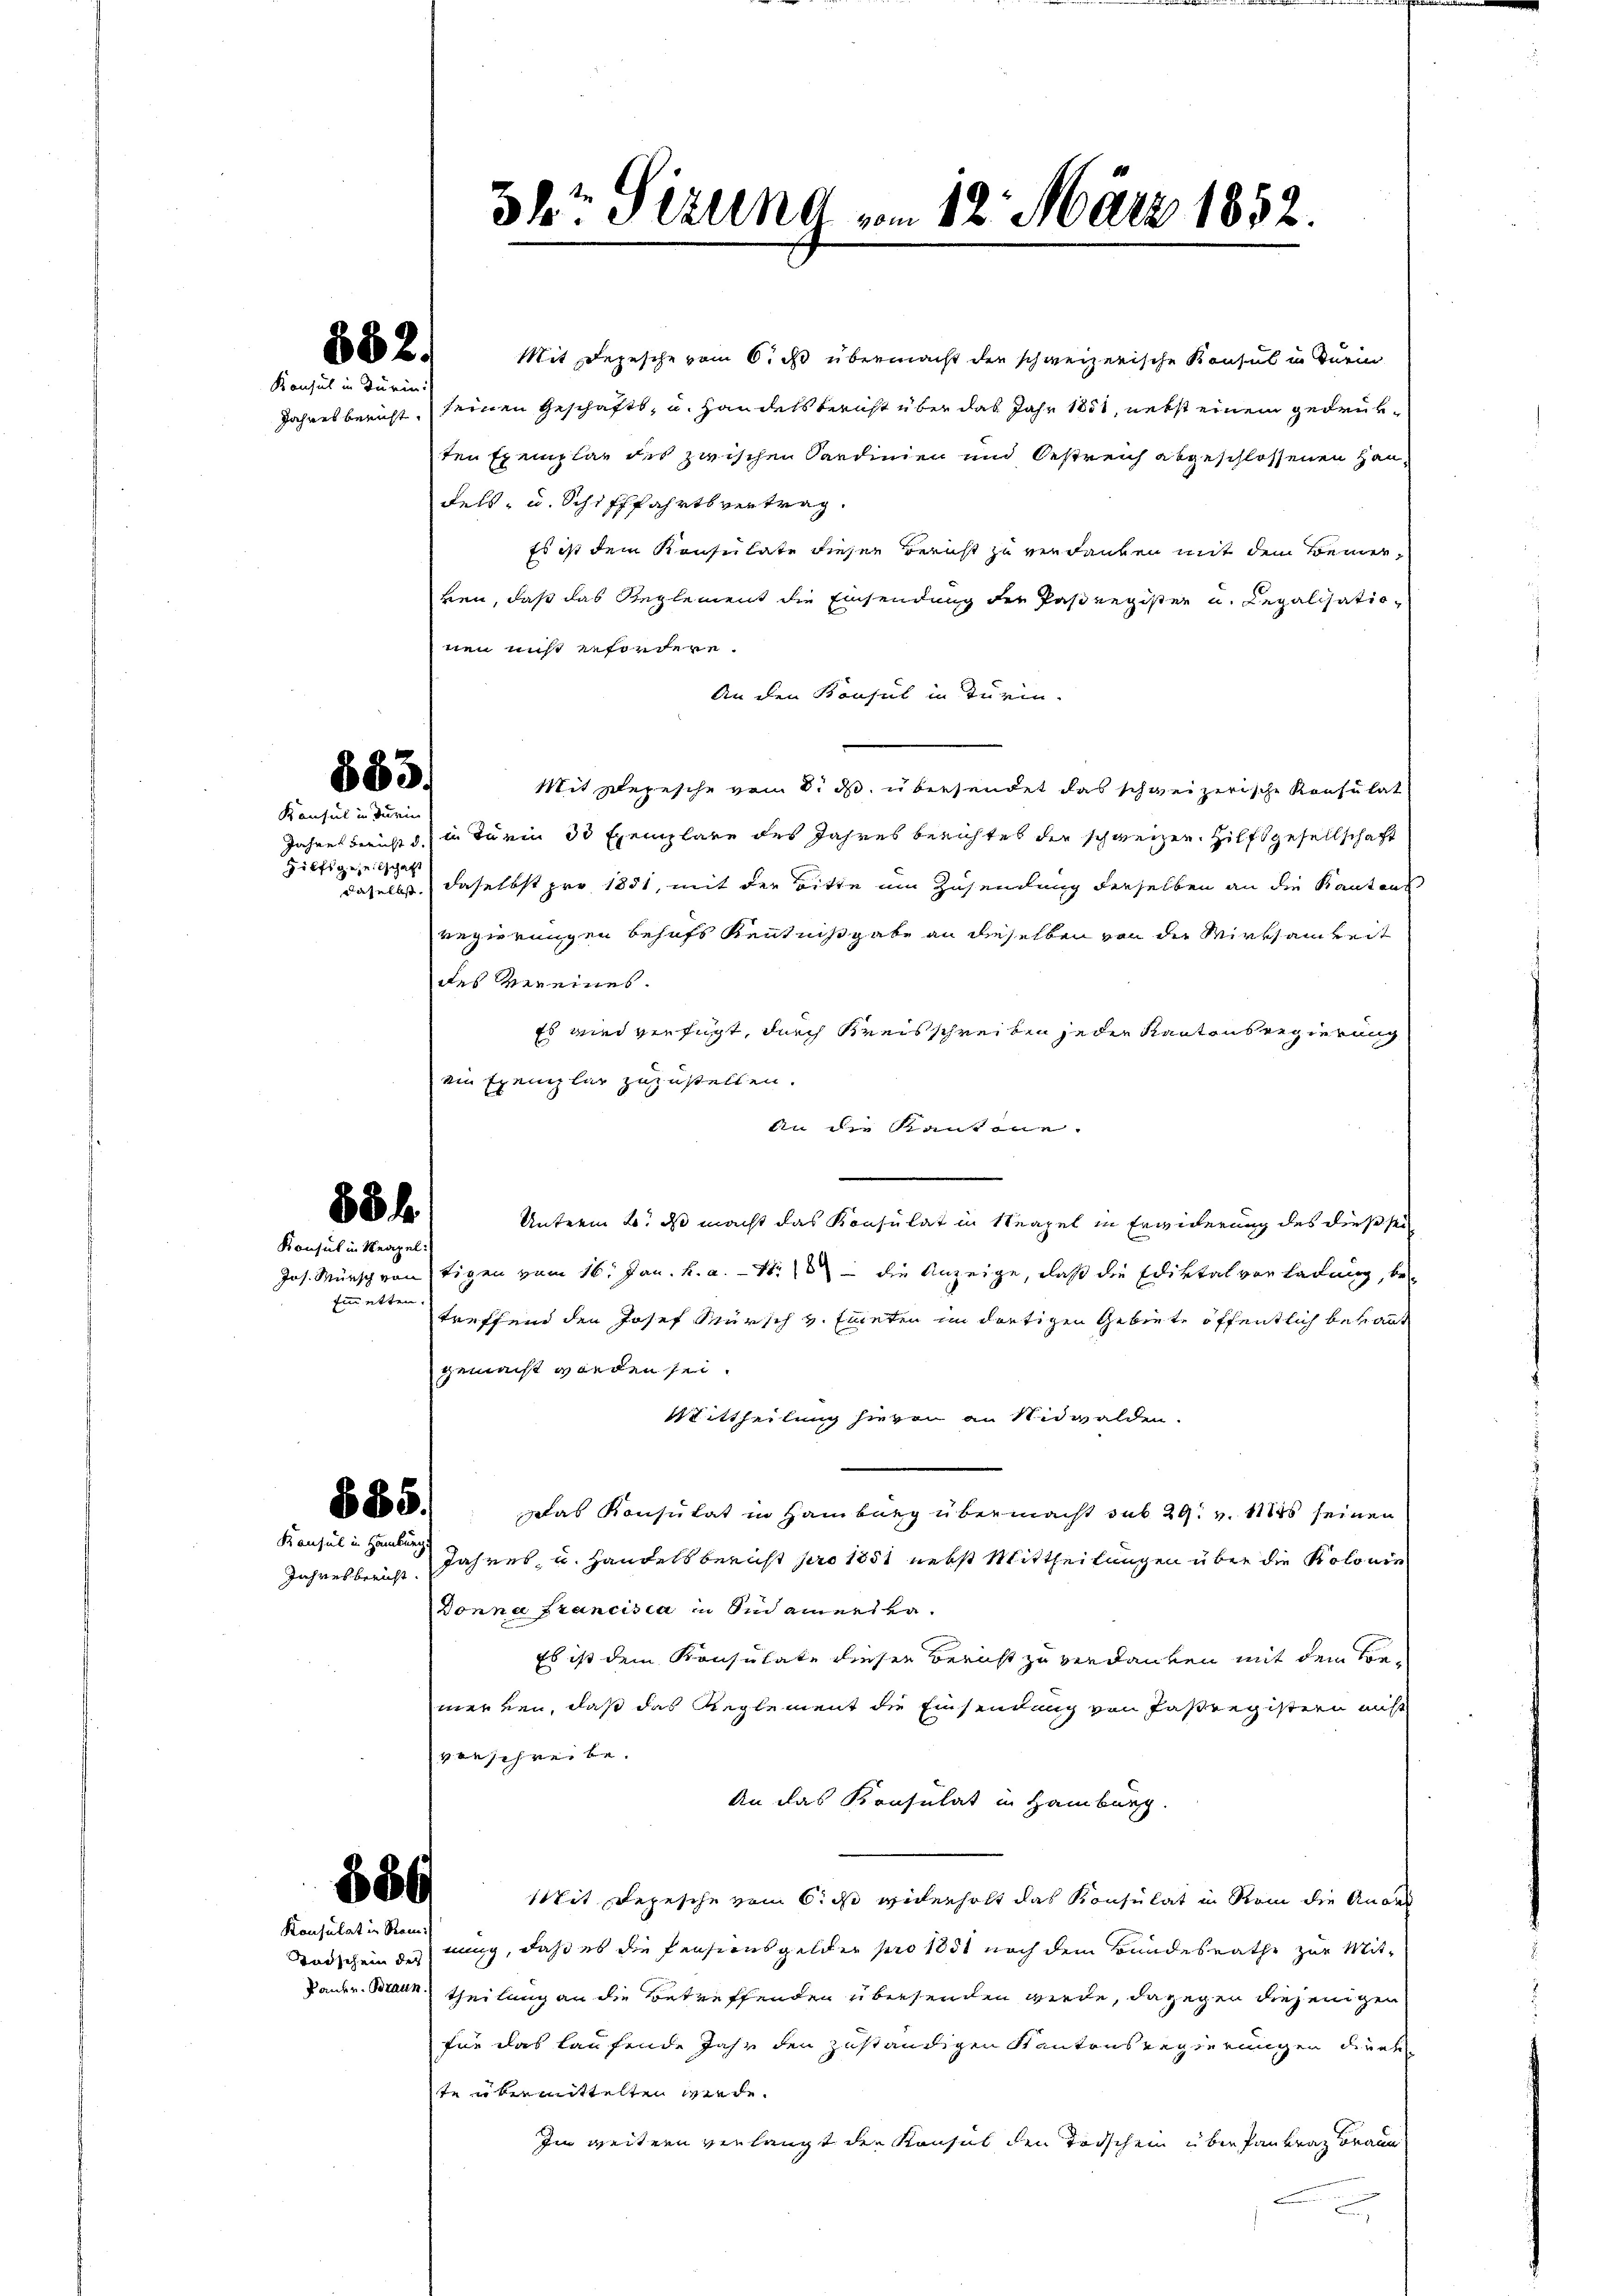
682.

Konsul in Turin:

finnetten.

683.
Konsul in Turin

Hilfsgesellschaft

88 f
Konsul in Neapel:

885.
Konsul in Hamburg.

Jahresbericht

586

Mit Depesche vom 6. ds übermacht der schweizerische Konsul in Turin
Jahresbericht, seinen Geschäfts- u. Handels bericht über das Jahr 1851, nebst einem gedrükten Exemplar des zwischen Sardinien und Oestreich abgeschlossenen Hau¬
Fels- u. Schifffahrtsvertrag.
Es ist dem Konsulate dieser Bericht zu verdanken mit dem Bemerven, daß das Reglement die Einsendung der Pasregister u. Regalisationen nicht erfordere.
An den Konsul in Turin.
Mit Depesche vom 8. ds. übersendet das schweizerische Konsulat
Jahre beist in Turin 30 Exemplare des Jahres Berichtet der schweizen Hilfsgesellschaft
daselbst, daselbst pro 1851, mit der Bitte um Zusendung derselben an die Kantons
regierungen behufs Kenntnißgabe an dieselben von der Wirksamkeit
des vereines.
Es wird verfügt, durch Kreisschreiben jeder Kantons Regierung
ein Exemplar zuzustellen.
An die Kantone
|
n
Unterm 2. ds macht das Konsulat in Neapel in Erwiderung des dießsei
Jos. Wünsch von tigen vom 16. Jan. h. a. 1. die Anzeige, daß die Ediktal vorladung, be
treffend den Josef Mursch v. Einten im dortigen Gebiete öffentlich behaut
gemacht worden sei.
Mittheilung hievon an Nidwalden.
Das Konsulat in Hamburg übermacht sub 29. v. 1855 seinen
Jahres, u. Handelsbericht pro 1851 nebst Mittheilungen über die Kolonie
Donna Francisca in sich einer va¬
Es ist dem Konsulate dieser Bericht zu verdanken mit dem Bemennen, daß das Reglement die Einsendung von Fasregistern nicht
vorschreibe.
An das Konsulat in Hamburg.
Mit Depesche vom 6. ds widerholt das Konsulat in Rein die Anord
Todscheine nung, daß es die Pensionsgelder pro 1881 nach dem Bundesrathe zur Mit¬
Paukr. Mann theilung an die Betreffenden übersenden werde, dagegen diejenigen
für das laufende Jahr den zuständigen Kantonsregierungen durch
te übermittelten werde.
Im weitern verlangt der Konsul den Todschein über Pantrag Braun

Konsulat in Rom.

34 Sirung vom 12. März 1852.